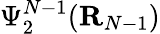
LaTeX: \Psi_{2}^{N-1}({\mathbf R}_{N-1})